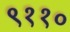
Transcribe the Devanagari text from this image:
९११०